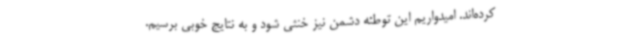
کرده‌اند. امیدواریم این توطئه دشمن نیز خنثی شود و به نتایج خوبی برسیم.